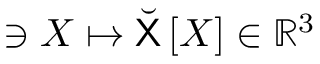
\ni X \mapsto \breve { \mathsf { X } } \left[ X \right] \in \mathbb { R } ^ { 3 }